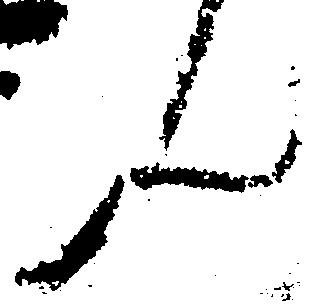
ん